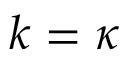
k = \kappa